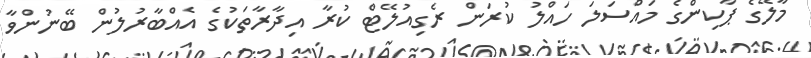
މާލޭގެ ޕާކިންގެ މައްސަލަ ހައްލު ކުރަން ރެގިއުލޭޓް ކުރާ އިދާރާތަކުގެ އެއްބާރުލުން ބޭނުންވާ